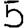
Digit: 5